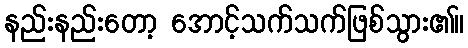
နည်းနည်းတော့ အောင့်သက်သက်ဖြစ်သွား၏။